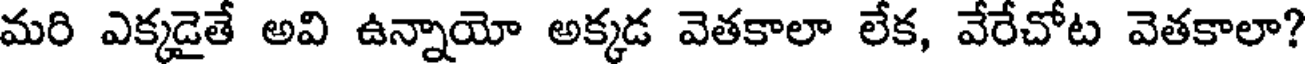
మరి ఎక్కడైతే అవి ఉన్నాయో అక్కడ వెతకాలా లేక, వేరేచోట వెతకాలా?